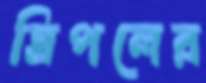
ত্রিপলের